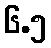
၆.၅